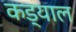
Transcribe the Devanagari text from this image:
कड्याल